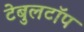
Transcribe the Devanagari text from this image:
टेबुलटॉप